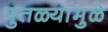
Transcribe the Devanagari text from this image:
पुतळ्यांमुळे